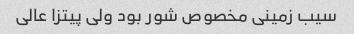
سیب زمینی مخصوص شور بود ولی پیتزا عالی